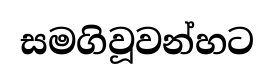
සමගිවූවන්හට